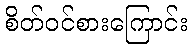
စိတ်ဝင်စားကြောင်း